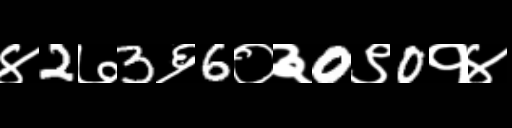
Text: ४2७3६6०३0९0१४